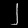
Digit: ၂